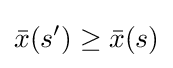
{\bar {x}}(s')\geq {\bar {x}}(s)